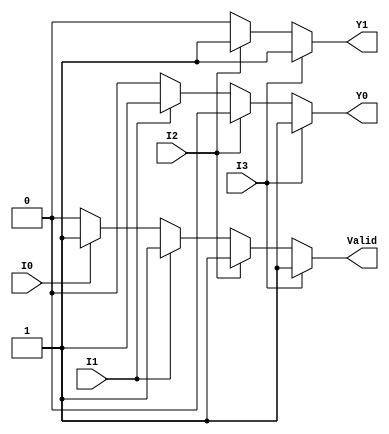
module priority_encoder_4to2 (
    input wire I0,  // Input 0 (Lowest priority)
    input wire I1,  // Input 1 (Second priority)
    input wire I2,  // Input 2 (Third priority)
    input wire I3,  // Input 3 (Highest priority)
    output reg Y1,  // Output bit 1
    output reg Y0,  // Output bit 0
    output reg Valid // Valid output
);

always @(*) begin
    // Default values
    Y1 = 1'b0;
    Y0 = 1'b0;
    Valid = 1'b0;

    // Priority encoding logic
    if (I3) begin
        Y1 = 1'b1;
        Y0 = 1'b1;
        Valid = 1'b1;
    end else if (I2) begin
        Y1 = 1'b1;
        Y0 = 1'b0;
        Valid = 1'b1;
    end else if (I1) begin
        Y1 = 1'b0;
        Y0 = 1'b1;
        Valid = 1'b1;
    end else if (I0) begin
        Y1 = 1'b0;
        Y0 = 1'b0;
        Valid = 1'b1;
    end else begin
        // If no inputs are active, Valid remains 0
        Valid = 1'b0;
    end
end

endmodule